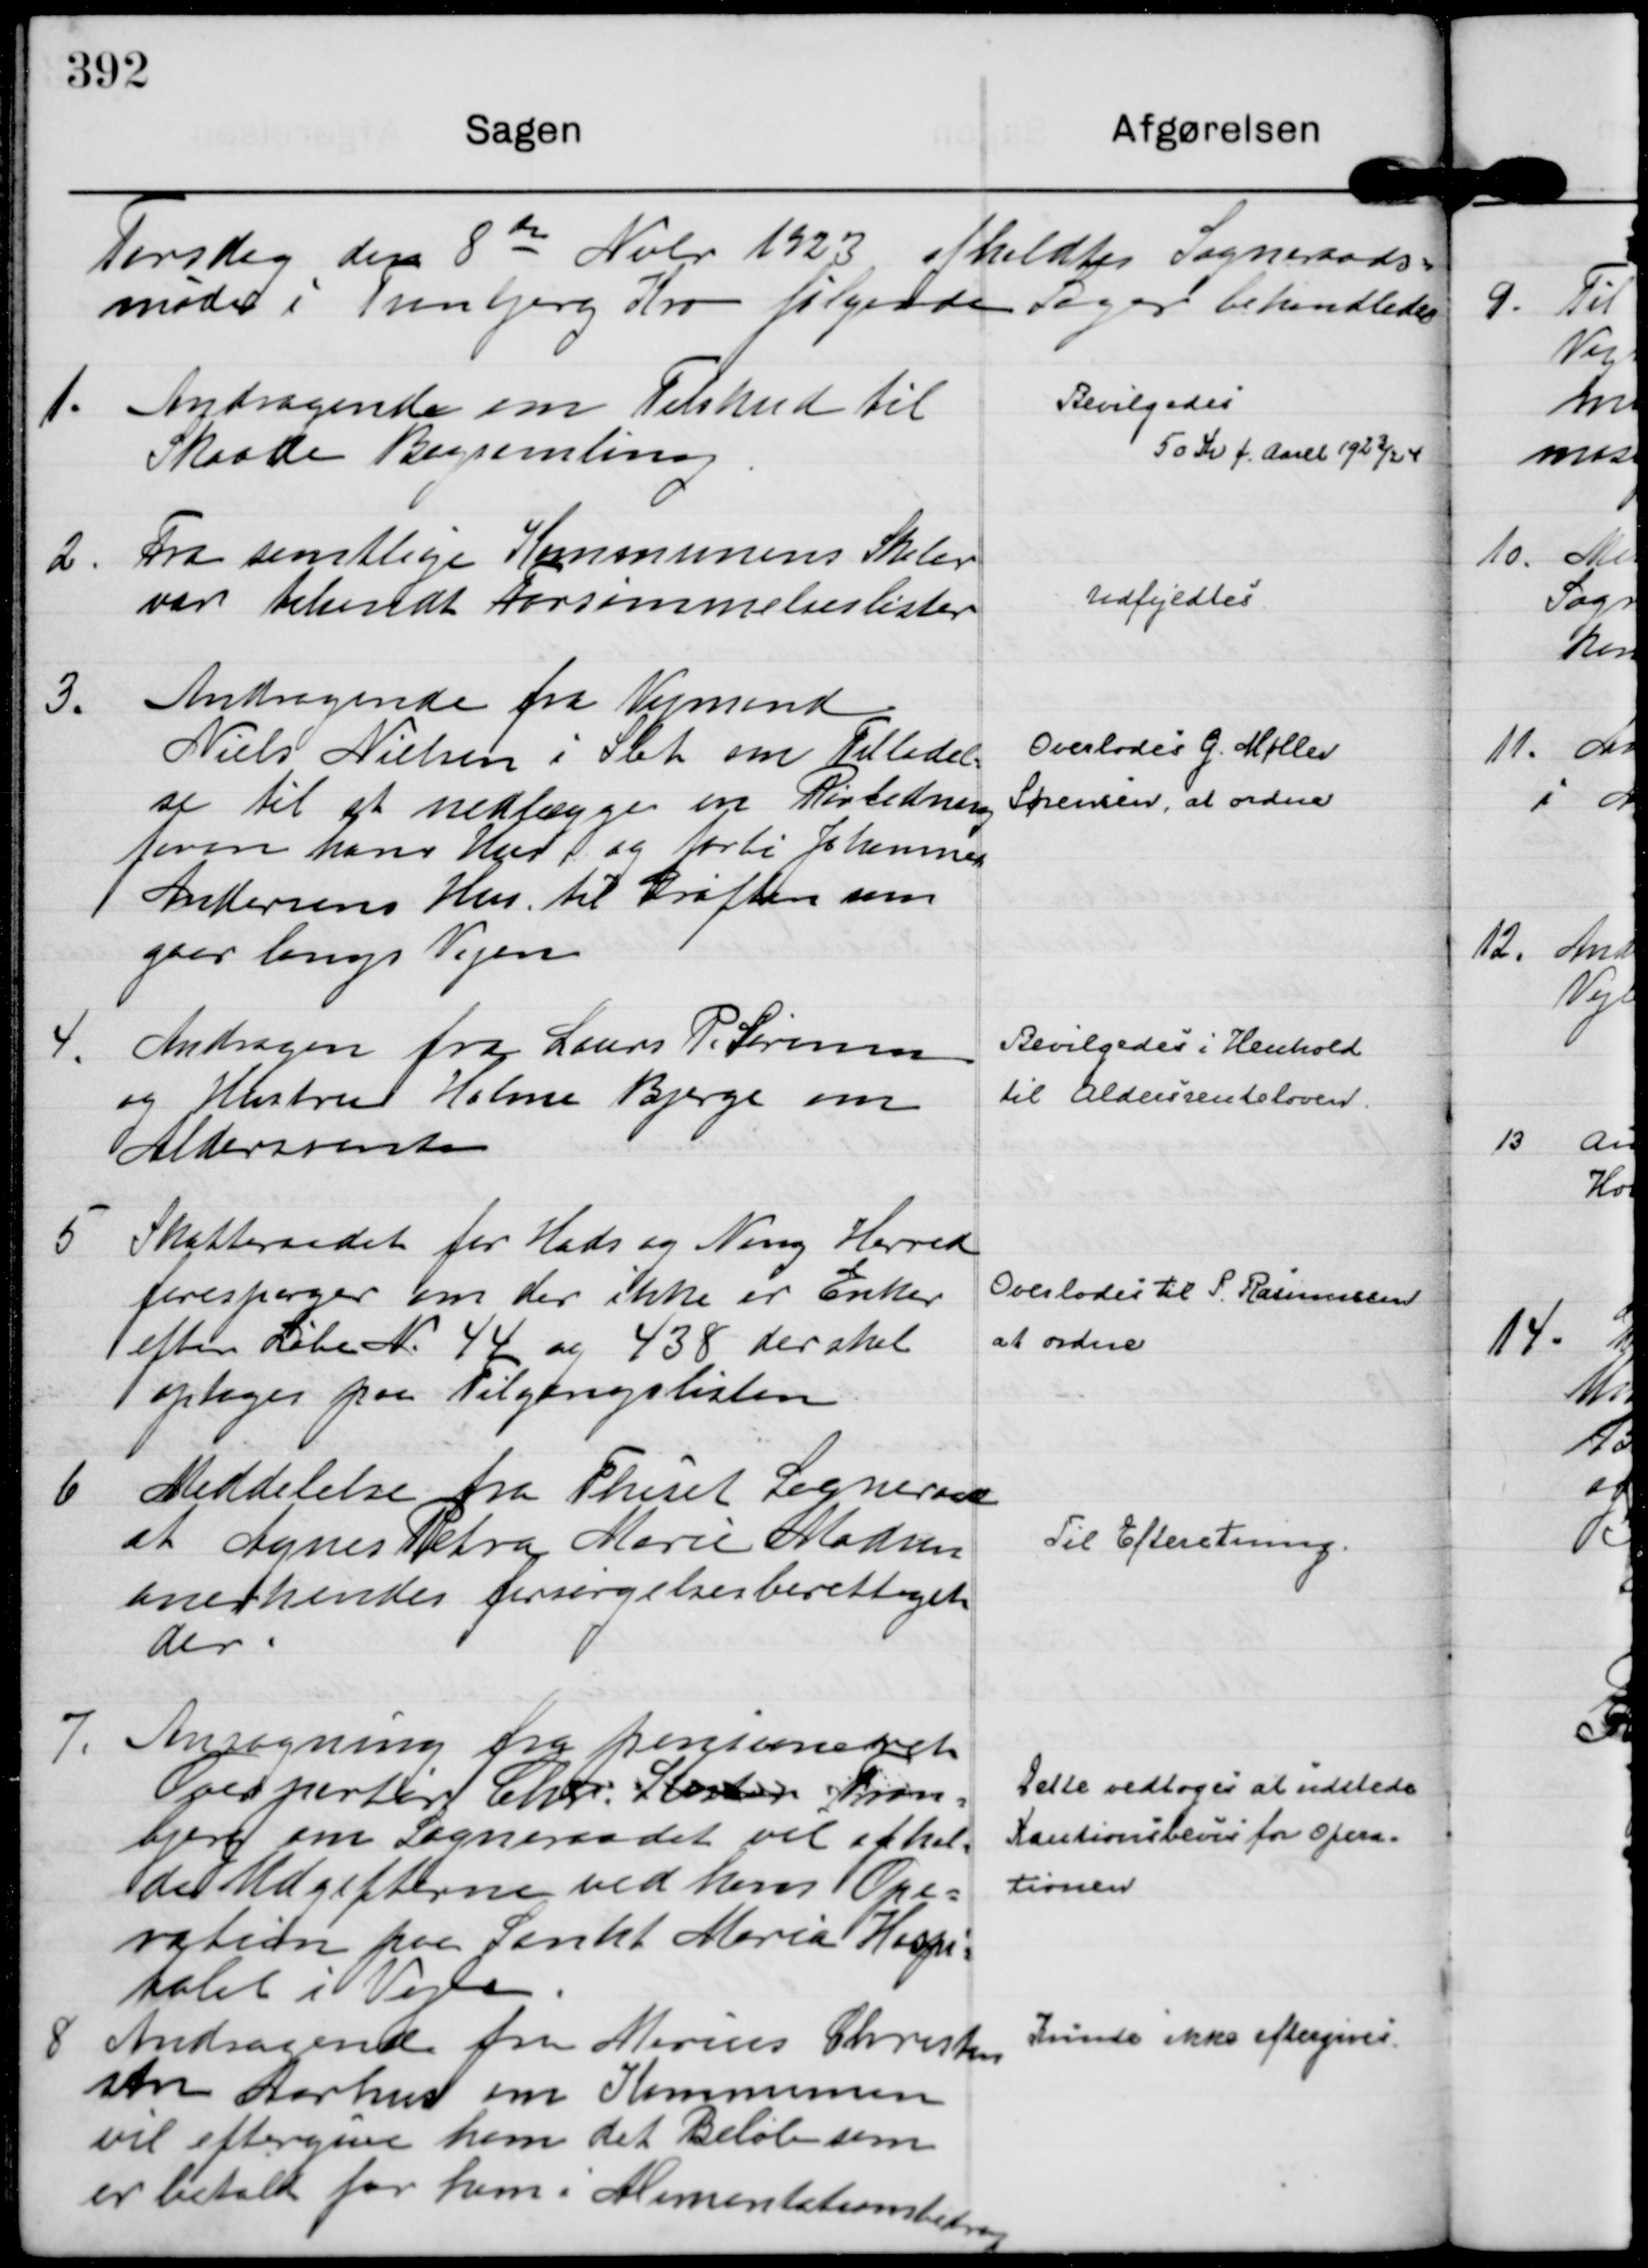
Transskription:
Torsdag den 8
de
Nobr 1923 afholdtes Sogneraads=
møde i Tranbjerg Kro følgende Sager behandledes

1.
Andragende om Tilskud til
Skaade Bogsamling.

Bevilgedes
50 Kr f. Aaret 1923/24

2.
Fra samtlige Kommunens Skoler
var tilsendt Forsømmelseslister

Udfyldtes

3.
Andragende fra Vejmand
Niels Nielsen i Slet om Tilladel=
se til at nedlægge en Rørledning
foran hans Hus og forbi Johannes 
Andersens Hus til Grøften som
gaar langs Vejen

Overlodes G. Møller
Sørensen, at ordne

4.
Andragen fra Laurs P. Sørensen
og Hustru Holme Bjerge om
Aldersrente

Bevilgedes i Henhold
til Aldersrenteloven.

5
Skatteraadet for Hads og Ning Herred
forespørger om der ikke er Enker
efter Løbe N. 44 og 438 der skal
optages paa Tilgangslisten

Overlodes til P. Rasmussen
at ordne

6
Meddelelse fra Thiset Sogneraad
at Agnes Petra Marie Madsen
anerkendes forsørgelsesberettiget
der.

Til Efteretning.

7.
Ansøgning fra pensioneret
Overportør Chr. Koster Tran=
bjerg om Sogneraadet vil afhol=
de Udgifterne ved hans Ope=
ration paa Sankt Maria Hospi=
talet i Vejle.

Dette vedtoges at udstede
Kautionsbevis for Opera=
tionen

8
Andragende fra Marius Christen
sen Aarhus om Kommunen
vil eftergive ham det Beløb som
er betalt for ham i Alimentationsbidrag

Kunde ikke eftergives.